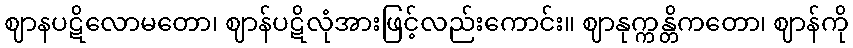
ဈာနပဋိလောမတော၊ ဈာန်ပဋိလုံအားဖြင့်လည်းကောင်း။ ဈာနုက္ကန္တိကတော၊ ဈာန်ကို